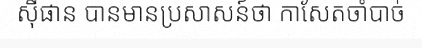
ស៊ីផាន បានមានប្រសាសន៍ថា កាសែតចាំបាច់